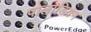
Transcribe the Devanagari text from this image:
पोलाडियन